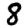
Digit: 8